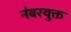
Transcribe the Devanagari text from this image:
नंबरयुक्त